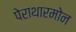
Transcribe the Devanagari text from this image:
पेराथारमोन